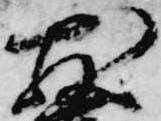
散